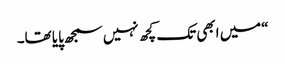
“میں ابھی تک کچھ نہیں سمجھ پایا تھا۔